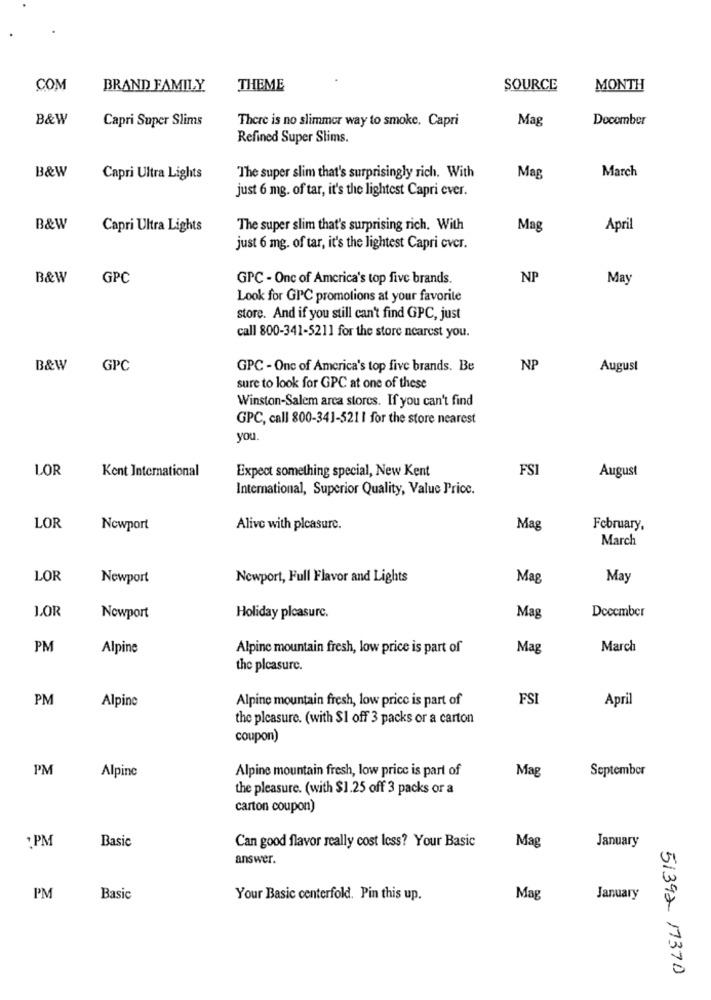
COM
BRAND FAMILY
THEME
SOURCE
MONTH
B&W
Capri Super Slims
There is no slimmer way to smoke. Capri
Mag
Docomber
Refined Super Slims.
March
B&W
Capri Ultra Lights
The super slim that's surprisingly rich. With
Mag
just 6 mg. of tar, it's the lightest Capri ever.
B&W
Capri Ultra Lights
The super slim that's surprising rich. With
Mag
April
just 6 mg. of tar, it's the lightest Capri cver.
B&W
GPC
GPC - One of America's top five brands.
NP
May
Look for GIC promotions at your favorite
store. And if you still can't find GPC, just
call 800-341-5211 for the store nearest you.
B&W
GPC
GPC - One of America's top five brands. Be
NP
August
sure to look for GPC at one of these
Winston-Salem arca stores. If you can't find
GPC, call 800-341-5211 for the store nearest
you.
LOR
Kent International
Expect something special, New Kent
FSI
August
International, Superior Quality, Value Price.
LOR
Newport
Alive with pleasure.
Mag
February,
March
LOR
Newport
Newport, Full Flavor and Lights
Mag
May
LOR
Nowport
Holiday plcasurc.
Mag
December
PM
Alpine
Alpine mountain fresh, low price is part of
Mag
March
the pleasure.
PM
Alpine mountain fresh, low price is part of
FSI
April
Alpine
the pleasure. (with $1 off 3 packs or a carton
coupon)
PM
Alpine mountain fresh, low price is part of
Mag
September
Alpine
the pleasure. (with $1.25 off 3 packs or a
carton coupon)
: PM
Basic
Can good flavor really cost less? Your Basic
Mag
January
answer.
PM
Basic
Your Basic centerfold. Pin this up.
Mag
January
51392 17370